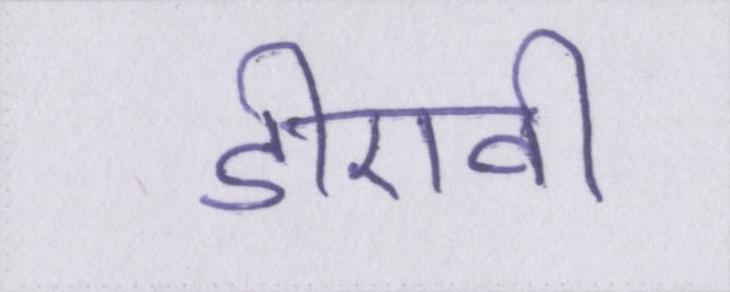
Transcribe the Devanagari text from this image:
डीएवी